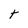
Character: t